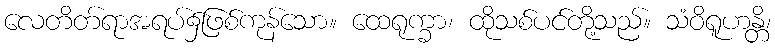
လေတိတ်ရာအရပ်၌ဖြစ်ကုန်သော။ ထေရုက္ခာ၊ ထိုသစ်ပင်တို့သည်။ သံဝိရူဟန္တိ၊